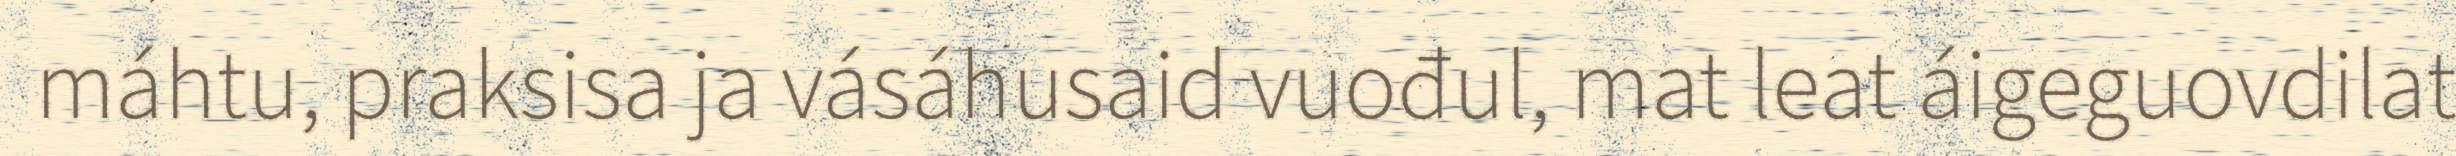
máhtu, praksisa ja vásáhusaid vuođul, mat leat áigeguovdilat